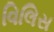
વિલિસ